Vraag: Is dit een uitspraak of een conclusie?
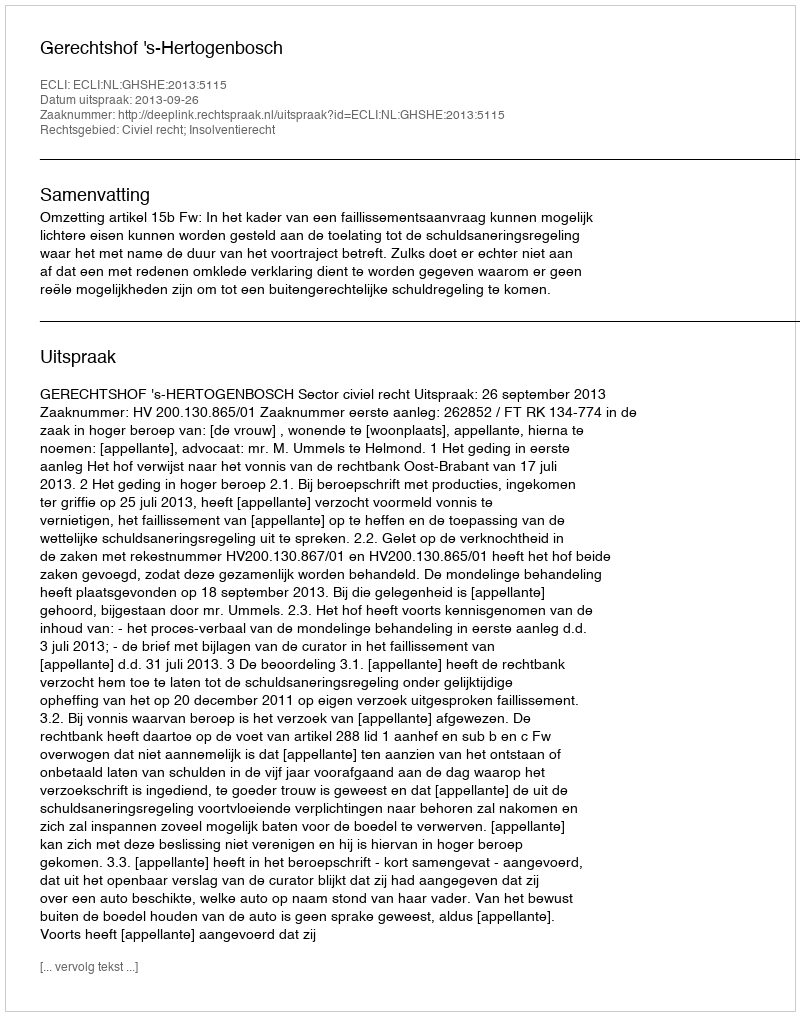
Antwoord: Uitspraak